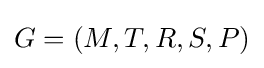
G=(M,T,R,S,P)